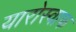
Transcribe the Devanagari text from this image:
यारोस्वाफ